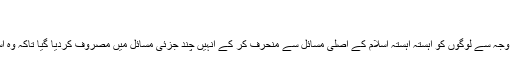
...
صدر اسلام اور رسول اللہ صلی اللہ علیہ وآلہ کے بعد بعض ناپاک ہاتھوں اور کمزور عقلوں کی وجہ سے لوگوں کو آہستہ آہستہ اسلام کے اصلی مسائل سے منحرف کر کے اُنہیں چند جزئی مسائل میں مصروف کردیا گیا تاکہ وہ اسلامی ممالک کیلئے ضروری اور عمومی مسائل سے بے اعتنا ہوجائیں اور مخالفت پر اُتر آئیں۔